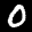
Label: 0